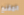
المقنع